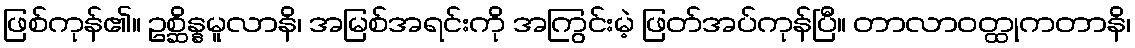
ဖြစ်ကုန်၏။ ဥစ္ဆိန္နမူလာနိ၊ အမြစ်အရင်းကို အကြွင်းမဲ့ ဖြတ်အပ်ကုန်ပြီ။ တာလာဝတ္ထုကတာနိ၊